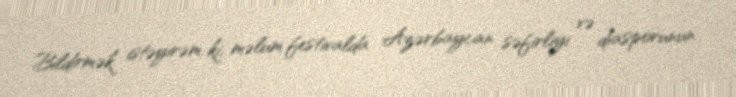
Bildirmək istəyirəm ki, məlum festivalda Azərbaycan səfirliyi və diasporunun